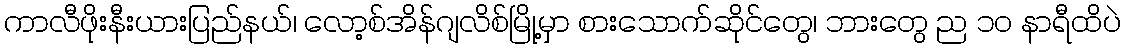
ကာလီဖိုးနီးယားပြည်နယ်၊ လော့စ်အိန်ဂျလိစ်မြို့မှာ စားသောက်ဆိုင်တွေ၊ ဘားတွေ ည ၁၀ နာရီထိပဲ